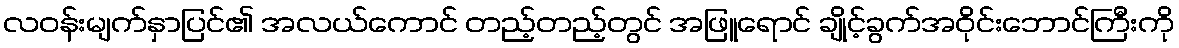
လဝန်းမျက်နှာပြင်၏ အလယ်ကောင် တည့်တည့်တွင် အဖြူရောင် ချိုင့်ခွက်အဝိုင်းဘောင်ကြီးကို